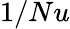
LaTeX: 1/Nu